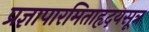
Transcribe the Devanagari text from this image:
प्रज्ञापारमिताहृदयसूत्र